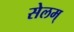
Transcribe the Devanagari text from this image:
सेलम्